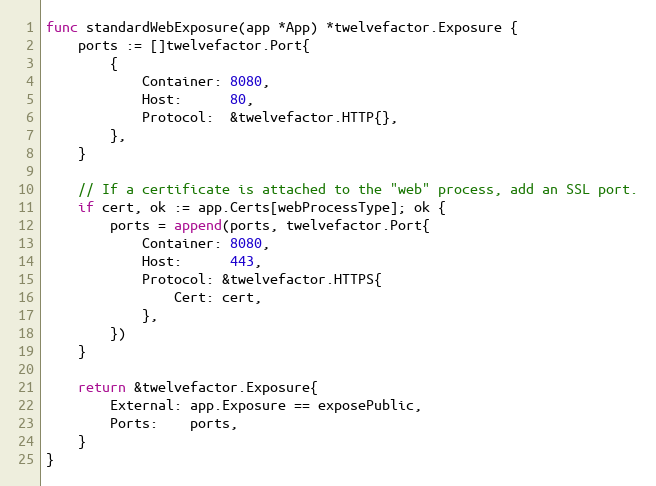
Language: Go
func standardWebExposure(app *App) *twelvefactor.Exposure {
	ports := []twelvefactor.Port{
		{
			Container: 8080,
			Host:      80,
			Protocol:  &twelvefactor.HTTP{},
		},
	}

	// If a certificate is attached to the "web" process, add an SSL port.
	if cert, ok := app.Certs[webProcessType]; ok {
		ports = append(ports, twelvefactor.Port{
			Container: 8080,
			Host:      443,
			Protocol: &twelvefactor.HTTPS{
				Cert: cert,
			},
		})
	}

	return &twelvefactor.Exposure{
		External: app.Exposure == exposePublic,
		Ports:    ports,
	}
}